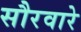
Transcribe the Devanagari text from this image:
सौरवारे